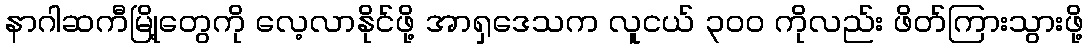
နာဂါဆကီမြို့တွေကို လေ့လာနိုင်ဖို့ အာရှဒေသက လူငယ် ၃၀၀ ကိုလည်း ဖိတ်ကြားသွားဖို့